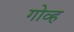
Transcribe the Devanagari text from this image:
गोव्ह